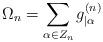
LaTeX: \begin{align*} \Omega_n= \sum_{\alpha \in Z_n} g^{(n)}_{|\alpha} \end{align*}